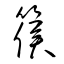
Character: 篌